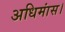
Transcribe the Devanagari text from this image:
अधिमांस।